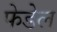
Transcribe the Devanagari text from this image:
फेडेल